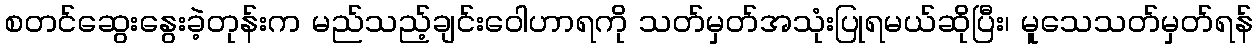
စတင်ဆွေးနွေးခဲ့တုန်းက မည်သည့်ချင်းဝေါဟာရကို သတ်မှတ်အသုံးပြုရမယ်ဆိုပြီး၊ မူသေသတ်မှတ်ရန်